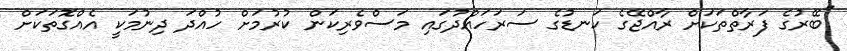
"ބޭރުގެ ފަރާތްތަކަށް ރާއްޖޭގެ ކަނޑުގެ ސަރަހައްދުގައި މަސްވެރިކަން ކުރުމަށް ހުއްދަ ދިނުމަކީ އެއްގޮތަކަށް